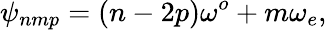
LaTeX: \psi_{nmp}=(n-2p)\omega^{o}+m\omega_{e},